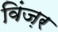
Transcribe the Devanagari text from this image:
विंज़र